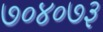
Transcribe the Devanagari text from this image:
७०४०७३